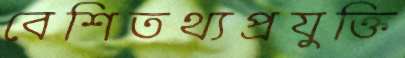
বেশিতথ্যপ্রযুক্তি